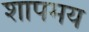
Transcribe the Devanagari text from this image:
शापमय